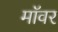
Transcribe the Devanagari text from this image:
मॉवर